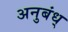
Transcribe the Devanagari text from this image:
अनुबंध्